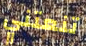
تنعتني